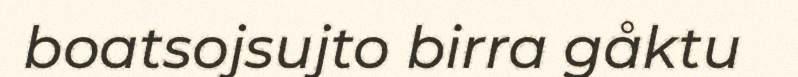
boatsojsujto birra gåktu